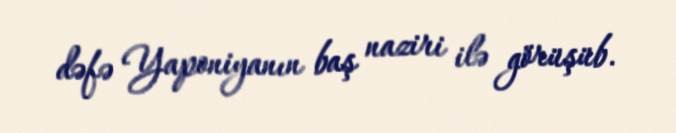
dəfə Yaponiyanın baş naziri ilə görüşüb.